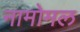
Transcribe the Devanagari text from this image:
नामोमल